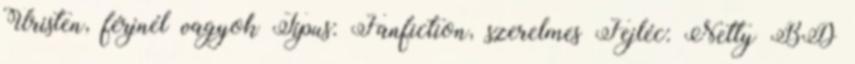
Úristen, férjnél vagyok Típus: Fanfiction, szerelmes Fejléc: Netty BD